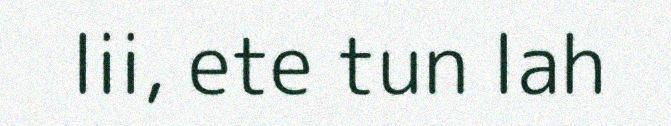
lii, ete tun lah